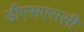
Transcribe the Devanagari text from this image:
डीएसएससी